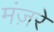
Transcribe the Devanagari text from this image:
मंज़रे